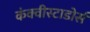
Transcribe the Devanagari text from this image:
कंक्वीस्टाडोर्स